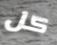
كل